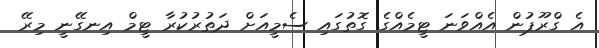
އެ ގްރޫޕުން އެއްވަނަ ޓީމެއްގެ ގޮތުގައި ސެމީއަށް ދަތުރުކުރާ ޓީމް އިނގޭނީ މިރޭ